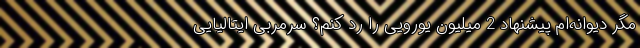
مگر دیوانه‌ام پیشنهاد 2 میلیون یورویی را رد کنم؟ سرمربی ایتالیایی